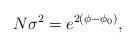
LaTeX: \begin{align*}N\sigma ^{2}=e^{2(\phi -\phi _{0})}, \end{align*}